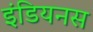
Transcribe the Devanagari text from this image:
इंडियनस